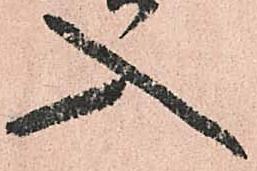
入